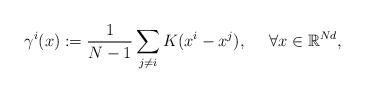
LaTeX: \begin{align*}\gamma^i(x):=\frac1{N-1}\sum_{j\neq i}K(x^i-x^j),~~~~\forall x\in\mathbb R^{Nd},\end{align*}